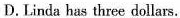
D.Linda has three dollars.